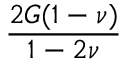
\frac { 2 G ( 1 - \nu ) } { 1 - 2 \nu }